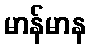
မာန်မာန